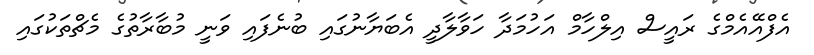
އެފްއޭއެމްގެ ރައީސް އިލްހާމް އަހުމަދާ ހަވާލާދީ އެބަޔާނުގައި ބުނެފައި ވަނީ މުބާރާތުގެ މެޗްތަކުގައި